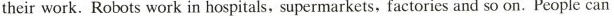
their work.Robots work in hospitals, supermarkets, factories and so on.People can